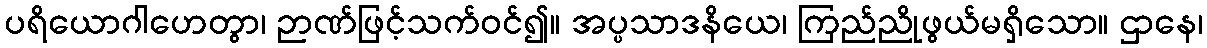
ပရိယောဂါဟေတွာ၊ ဉာဏ်ဖြင့်သက်ဝင်၍။ အပ္ပသာဒနိယေ၊ ကြည်ညိုဖွယ်မရှိသော။ ဌာနေ၊